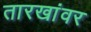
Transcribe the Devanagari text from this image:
तारखांवर